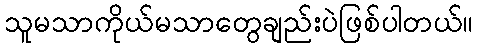
သူမသာကိုယ်မသာတွေချည်းပဲဖြစ်ပါတယ်။